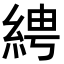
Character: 𦀔